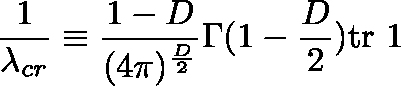
\frac { 1 } { \lambda _ { c r } } \equiv \frac { 1 - D } { ( 4 \pi ) ^ { \frac { D } { 2 } } } \Gamma ( 1 - \frac { D } { 2 } ) \mathrm { t r } \mathrm { \boldmath ~ 1 ~ }